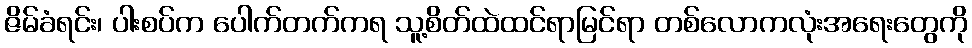
ဇိမ်ခံရင်း၊ ပါးစပ်က ပေါက်တက်ကရ သူ့စိတ်ထဲထင်ရာမြင်ရာ တစ်လောကလုံးအရေးတွေကို